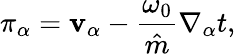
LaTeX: \pi_{\alpha}=\mathbf{v}_{\alpha}-\frac{{\omega_{0}}}{{\hat{{m}}}}\nabla_{\alpha}t,